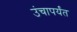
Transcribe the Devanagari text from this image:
उंचापर्यंत